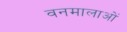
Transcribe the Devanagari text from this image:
वनमालाओं